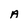
Character: A